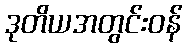
ဒုတိယအတွင်းဝန်